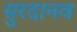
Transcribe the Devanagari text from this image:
सुरदानव